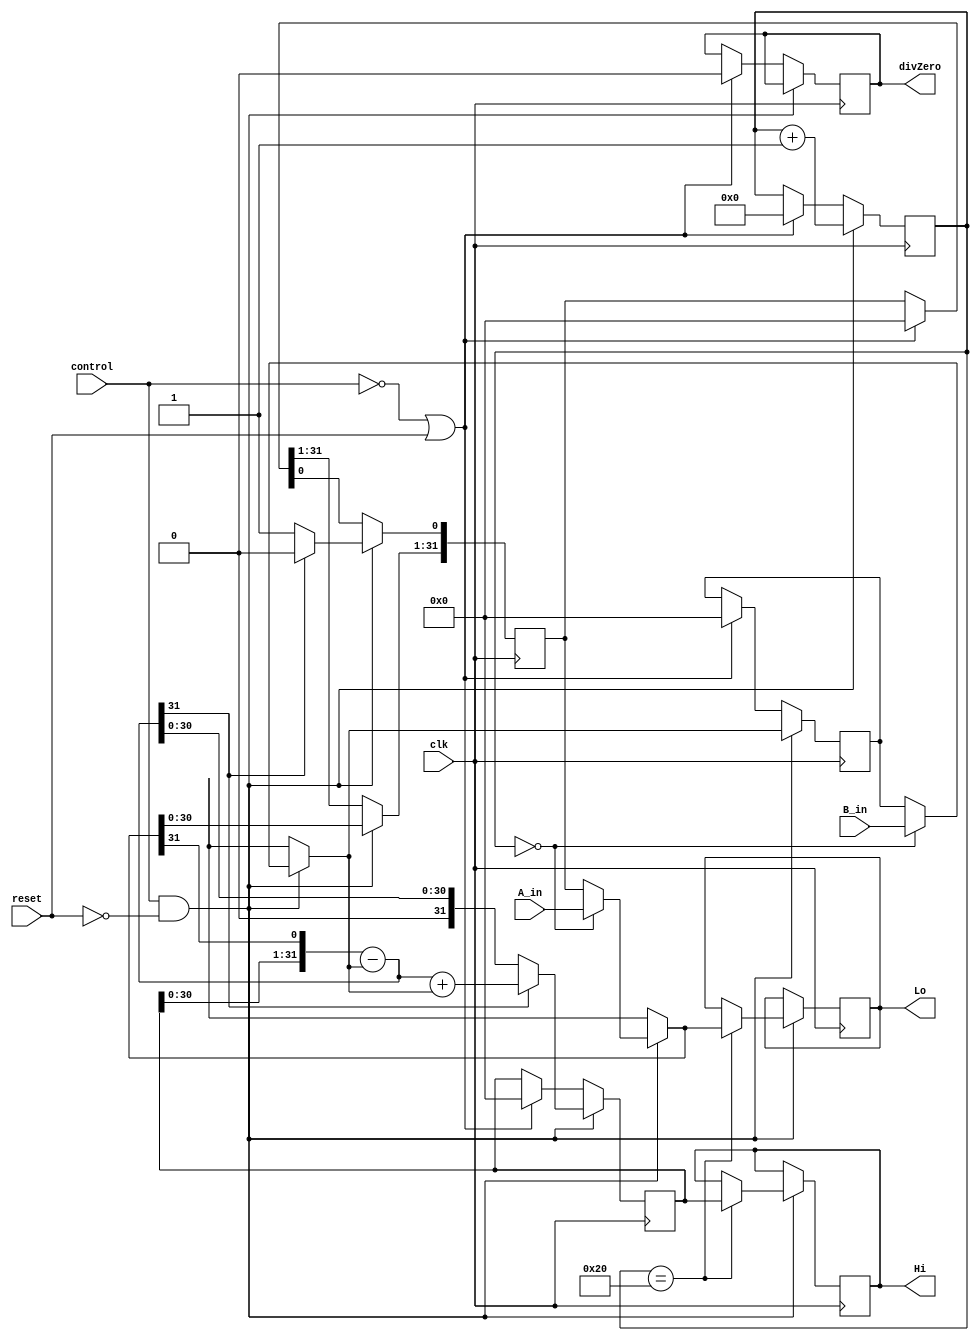

module div(input wire clk, input wire reset, input wire control,
           input wire [31:0] A_in , input wire [31:0] B_in,
           output reg divZero,output reg [31:0] Hi,
           output reg [31:0] Lo);
  
  reg [31:0] mod;
  reg [31:0] quoc;
  reg [31:0] A;
  reg [5:0] counter; //contador pra div em at 32 ciclos
  // A_in -> dividendo ;; B_in -> divisor
  
  always @(posedge clk) begin
    
    if(control == 1'b1 && reset == 1'b0) begin
      
		      
        if(counter == 6'b000000) begin
          mod = B_in;
          quoc = A_in;
        end

        if(counter == 6'b100000) begin
          Hi = A;
          Lo = quoc;
        end

        {A, quoc} = {A, quoc} << 1;
        A = A - mod;

        if(A[31] == 1'b1) begin
          quoc[0] = 1'b0;
          A = A + mod;

        end

        else begin 

          quoc[0] = 1'b1;

        end

        counter = counter + 1;
      
      
    end
    
    
    else if (control == 1'b0 || reset == 1'b1) begin
      
      mod = 32'b00000000000000000000000000000000;
      quoc = 32'b00000000000000000000000000000000;
      A = 32'b00000000000000000000000000000000;
      counter = 6'b000000;
      divZero = 0;
      
    end
    
  end //always

endmodule